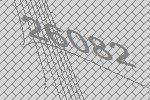
26082